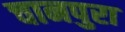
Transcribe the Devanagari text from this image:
चानपुरा